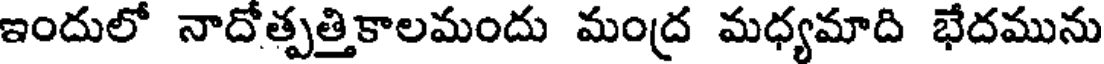
ఇందులో నాదోత్పత్తికాలమందు మంద్ర మధ్యమాది భేదమును